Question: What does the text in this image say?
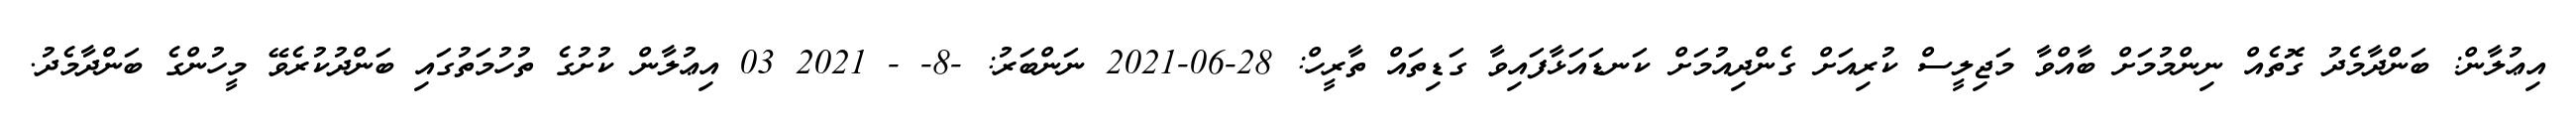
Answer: އިޢުލާން: ބަންދާމެދު ގޮތެއް ނިންމުމަށް ބާއްވާ މަޖިލީސް ކުރިއަށް ގެންދިއުމަށް ކަނޑައަޅާފައިވާ ގަޑިތައް ތާރީހް: 28-06-2021 ނަންބަރު: -8- - 2021 03 އިޢުލާން ކުށުގެ ތުހުމަތުގައި ބަންދުކުރެވޭ މީހުންގެ ބަންދާމެދު.